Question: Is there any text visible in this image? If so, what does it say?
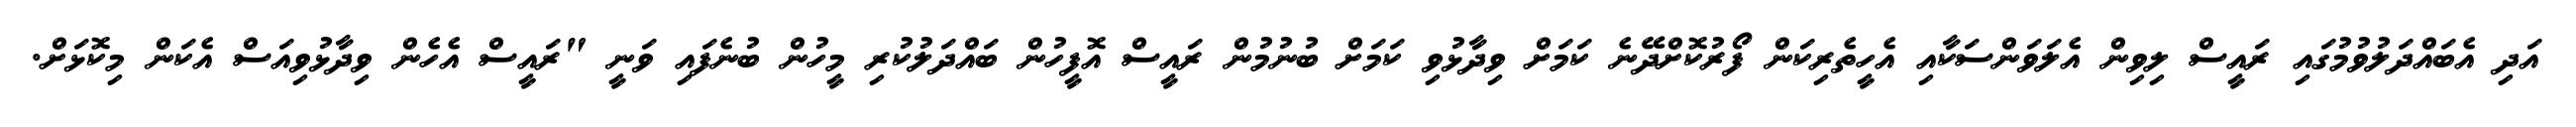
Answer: އަދި އެބައްދަލުވުމުގައި ރައީސް ލިވިން އެލަވަންސަކާއި އެހީތެރިކަން ފޯރުކޮށްދޭނެ ކަމަށް ވިދާޅުވި ކަމަށް ބުނުމުން ރައީސް އޮފީހުން ބައްދަލުކުރި މީހުން ބުނެފައި ވަނީ "ރައީސް އެހެން ވިދާޅުވިއަސް އެކަން މިކޮޅަށް.